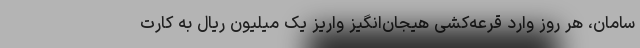
سامان، هر روز وارد قرعه‌کشی هیجان‌انگیز واریز یک میلیون ریال به کارت